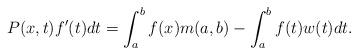
LaTeX: \begin{align*}P(x,t)f^{\prime }(t)dt=\int_{a}^{b}f(x)m(a,b)-\int_{a}^{b}f(t)w(t)dt.\end{align*}